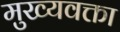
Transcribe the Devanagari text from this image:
मुख्यवक्ता